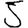
Digit: 5